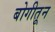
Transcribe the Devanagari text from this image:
बोगीतून